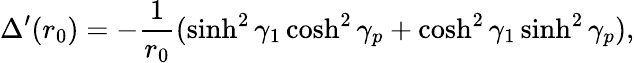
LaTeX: \Delta^{\prime}(r_{0})=-{\frac{1}{r_{0}}}(\sinh^{2}\gamma_{1}\cosh^{2}\gamma_{p}+\cosh^{2}\gamma_{1}\sinh^{2}\gamma_{p}),